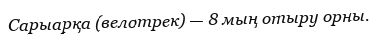
Сарыарқа (велотрек) — 8 мың отыру орны.